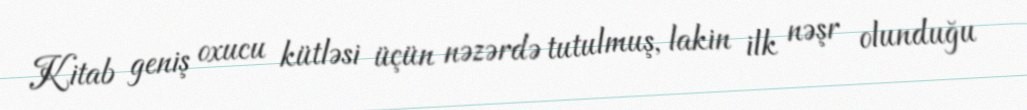
Kitab geniş oxucu kütləsi üçün nəzərdə tutulmuş, lakin ilk nəşr olunduğu